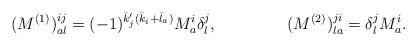
LaTeX: \begin{align*} &(M^{(1)})^{ij}_{al}=(-1)^{\bar k'_j(\bar k_i+\bar l_a)}M^i_a\delta^j_l, &&(M^{(2)})^{ji}_{la}=\delta^j_lM^i_a.\end{align*}